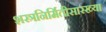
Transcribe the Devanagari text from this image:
शस्त्रनिर्मितीसारख्या